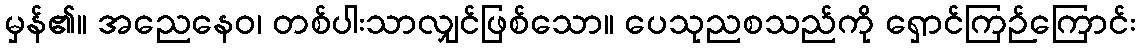
မှန်၏။ အညေနေဝ၊ တစ်ပါးသာလျှင်ဖြစ်သော။ ပေသုညစသည်ကို ရှောင်ကြဉ်ကြောင်း